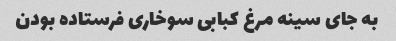
به جای سینه مرغ کبابی سوخاری فرستاده بودن